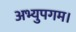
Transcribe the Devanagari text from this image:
अभ्युपगम।